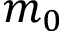
m _ { 0 }